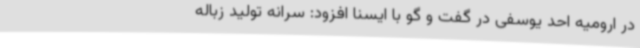
در ارومیه احد یوسفی در گفت و گو با ایسنا افزود: سرانه تولید زباله